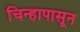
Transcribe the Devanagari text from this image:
चिन्हापासून